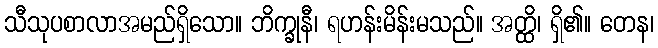
သီသုပစာလာအမည်ရှိသော။ ဘိက္ခုနီ၊ ရဟန်းမိန်းမသည်။ အတ္ထိ၊ ရှိ၏။ တေန၊